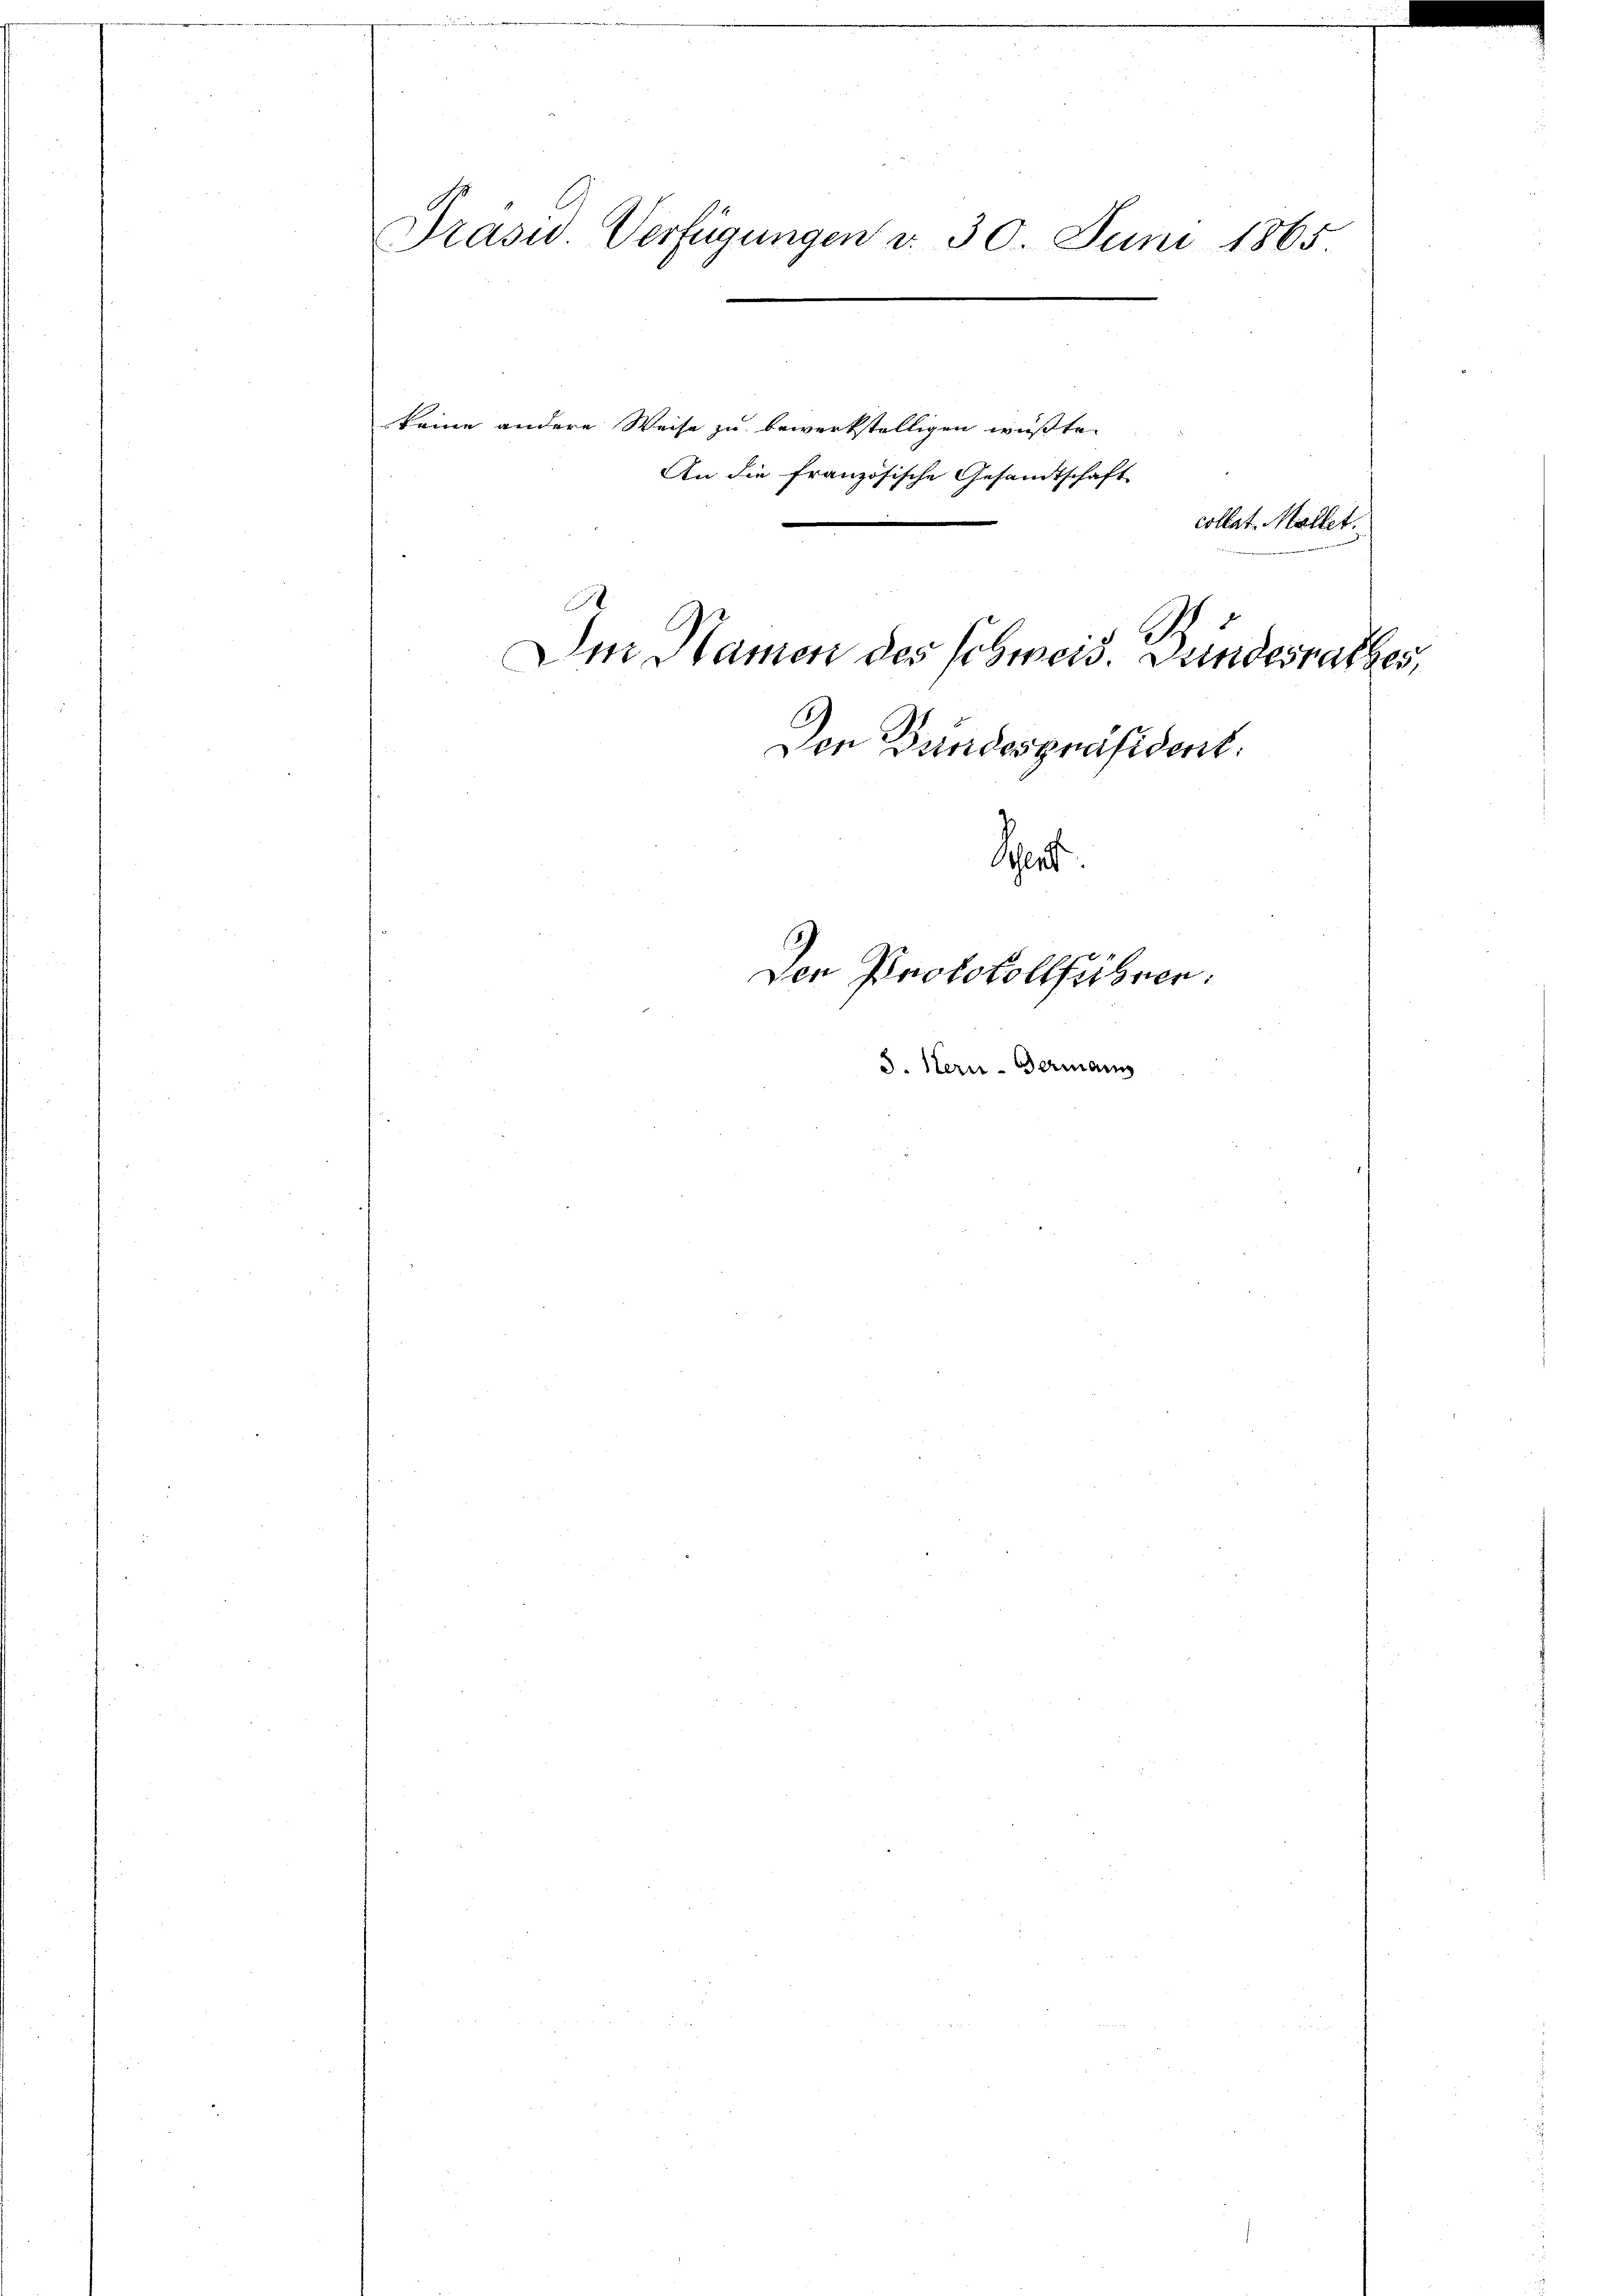
Präsid Verfügungen d. 30. Juni 1865.

keine andere Weise zu bewerkstelligen wüßte.
An die französische Gesandtschaft
collat. Mallet.
Den Namen des Schmeis. Bundesrathes,
Den Bundespräsident.
Sert.

Den Protokollführen.

3. Hern-Germann